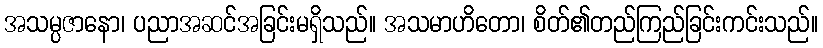
အသမ္ပဇာနော၊ ပညာအဆင်အခြင်းမရှိသည်။ အသမာဟိတော၊ စိတ်၏တည်ကြည်ခြင်းကင်းသည်။